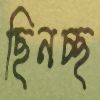
ছিনচ্ছ